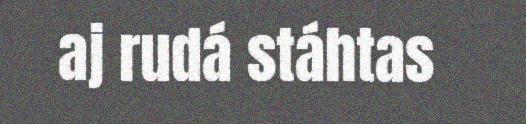
aj rudá stáhtas